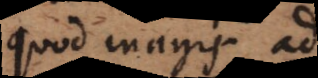
quod magis ad